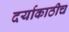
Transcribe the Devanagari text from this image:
दर्याकाठीच